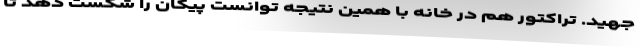
جهید. تراکتور هم در خانه با همین نتیجه توانست پیکان را شکست دهد تا